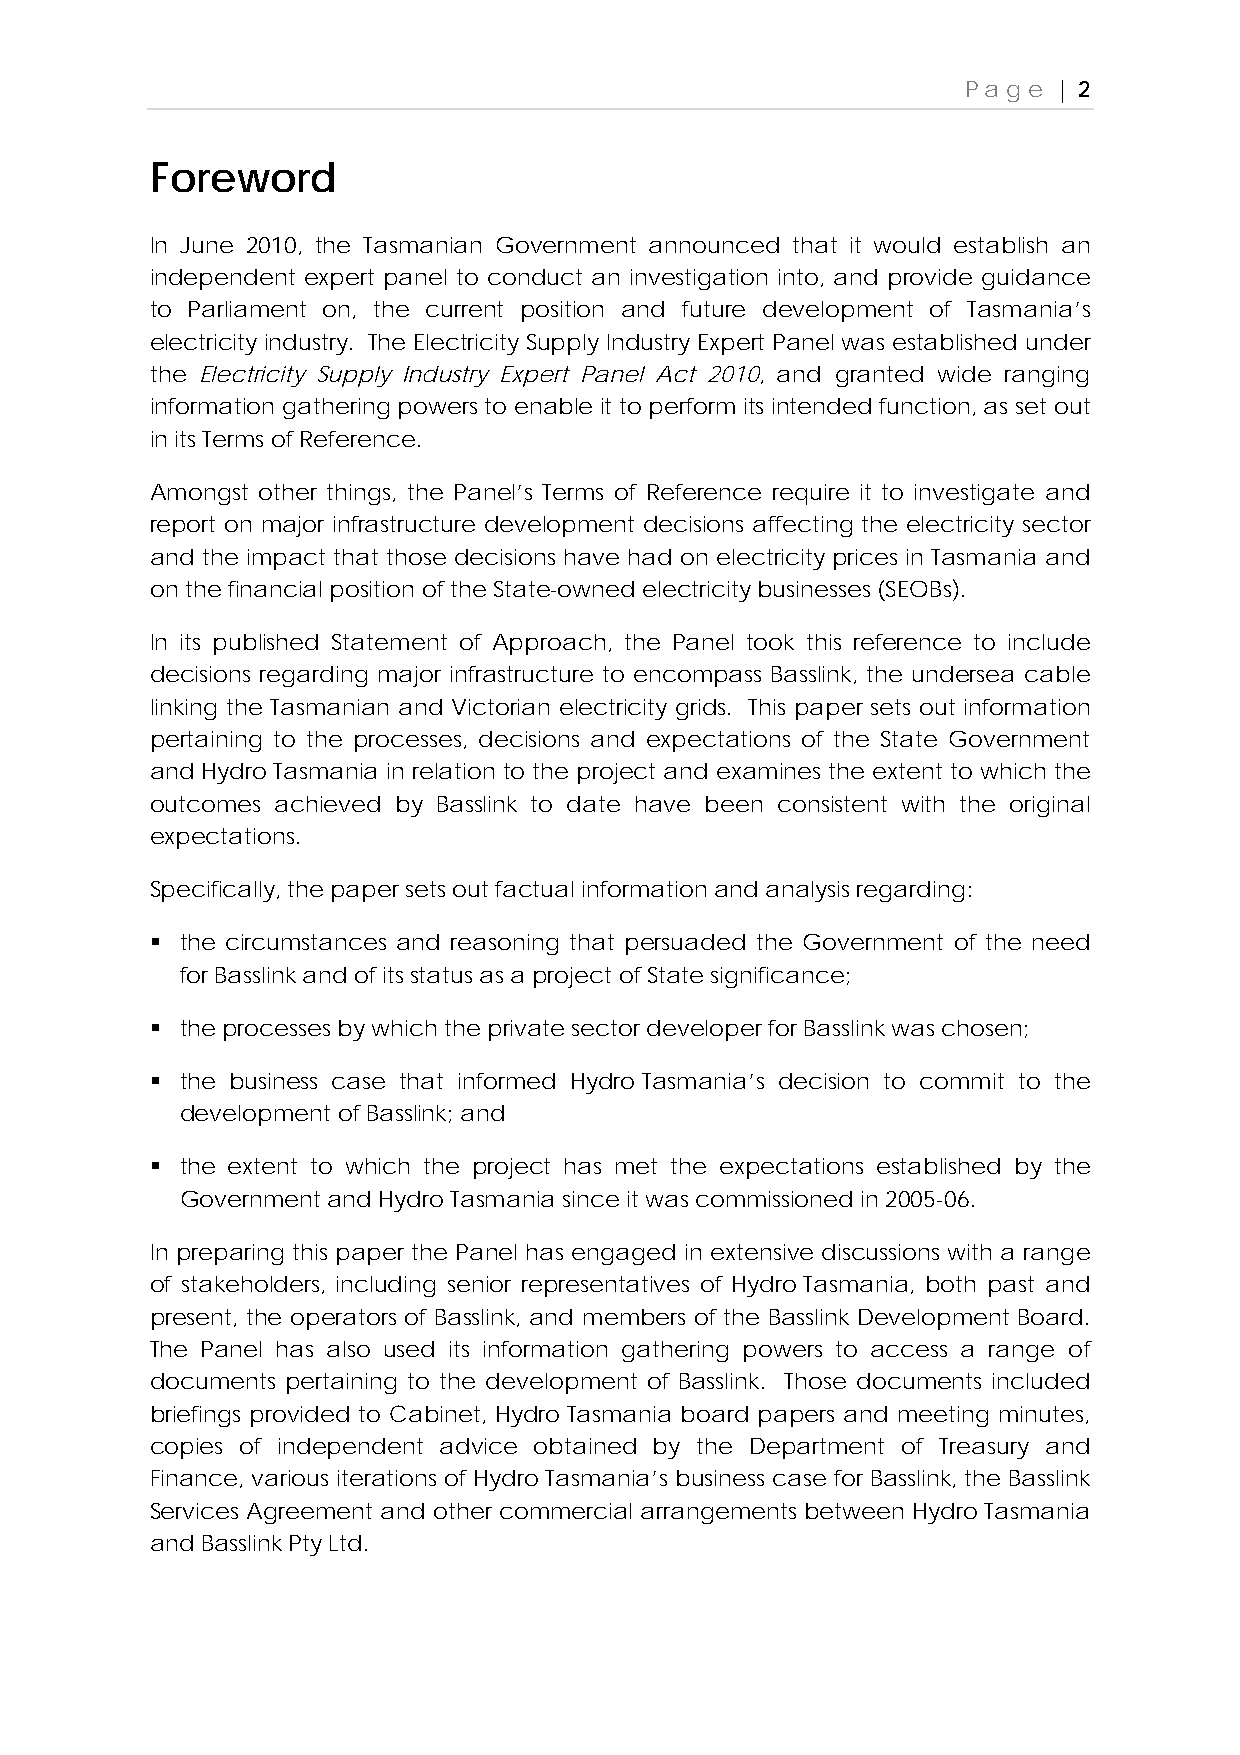
Page  | 2
 Foreword
 In June 2010, the Tasmanian Government announced that it would establish an
 independent expert panel to conduct an investigation into, and provide guidance
 to Parliament on, the current position and future development of Tasmania’s
 electricity industry. The Electricity Supply Industry Expert Panel was established under
 the Electricity Supply Industry Expert Panel Act 2010, and granted wide ranging
 information gathering powers to enable it to perform its intended function, as set out
 in its Terms of Reference.
 Amongst other things, the Panel’s Terms of Reference require it to investigate and
 report on major infrastructure development decisions affecting the electricity sector
 and the impact that those decisions have had on electricity prices in Tasmania and
 on the financial position of the State-owned electricity businesses (SEOBs).
 In its published Statement of Approach, the Panel took this reference to include
 decisions regarding major infrastructure to encompass Basslink, the undersea cable
 linking the Tasmanian and Victorian electricity grids. This paper sets out information
 pertaining to the processes, decisions and expectations of the State Government
 and Hydro Tasmania in relation to the project and examines the extent to which the
 outcomes achieved by Basslink to date have been consistent with the original
 expectations.
 Specifically, the paper sets out factual information and analysis regarding:
  the circumstances and reasoning that persuaded the Government of the need
 for Basslink and of its status as a project of State significance;
  the processes by which the private sector developer for Basslink was chosen;
  the business case that informed Hydro Tasmania’s decision to commit to the
 development of Basslink; and
  the extent to which the project has met the expectations established by the
 Government and Hydro Tasmania since it was commissioned in 2005-06.
 In preparing this paper the Panel has engaged in extensive discussions with a range
 of stakeholders, including senior representatives of Hydro Tasmania, both past and
 present, the operators of Basslink, and members of the Basslink Development Board.
 The Panel has also used its information gathering powers to access a range of
 documents pertaining to the development of Basslink. Those documents included
 briefings provided to Cabinet, Hydro Tasmania board papers and meeting minutes,
 copies of independent advice obtained by the Department of Treasury and
 Finance, various iterations of Hydro Tasmania’s business case for Basslink, the Basslink
 Services Agreement and other commercial arrangements between Hydro Tasmania
 and Basslink Pty Ltd.